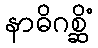
နာဓိဂစ္ဆိံ